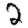
Digit: 2